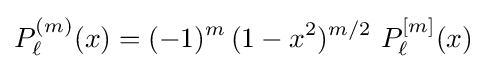
P_{\ell }^{(m)}(x)=(-1)^{m}\,(1-x^{2})^{m/2}\ P_{\ell }^{[m]}(x)